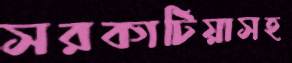
সরকাটিয়াসহ